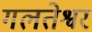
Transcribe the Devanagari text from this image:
गलतेश्वर